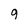
Character: 9